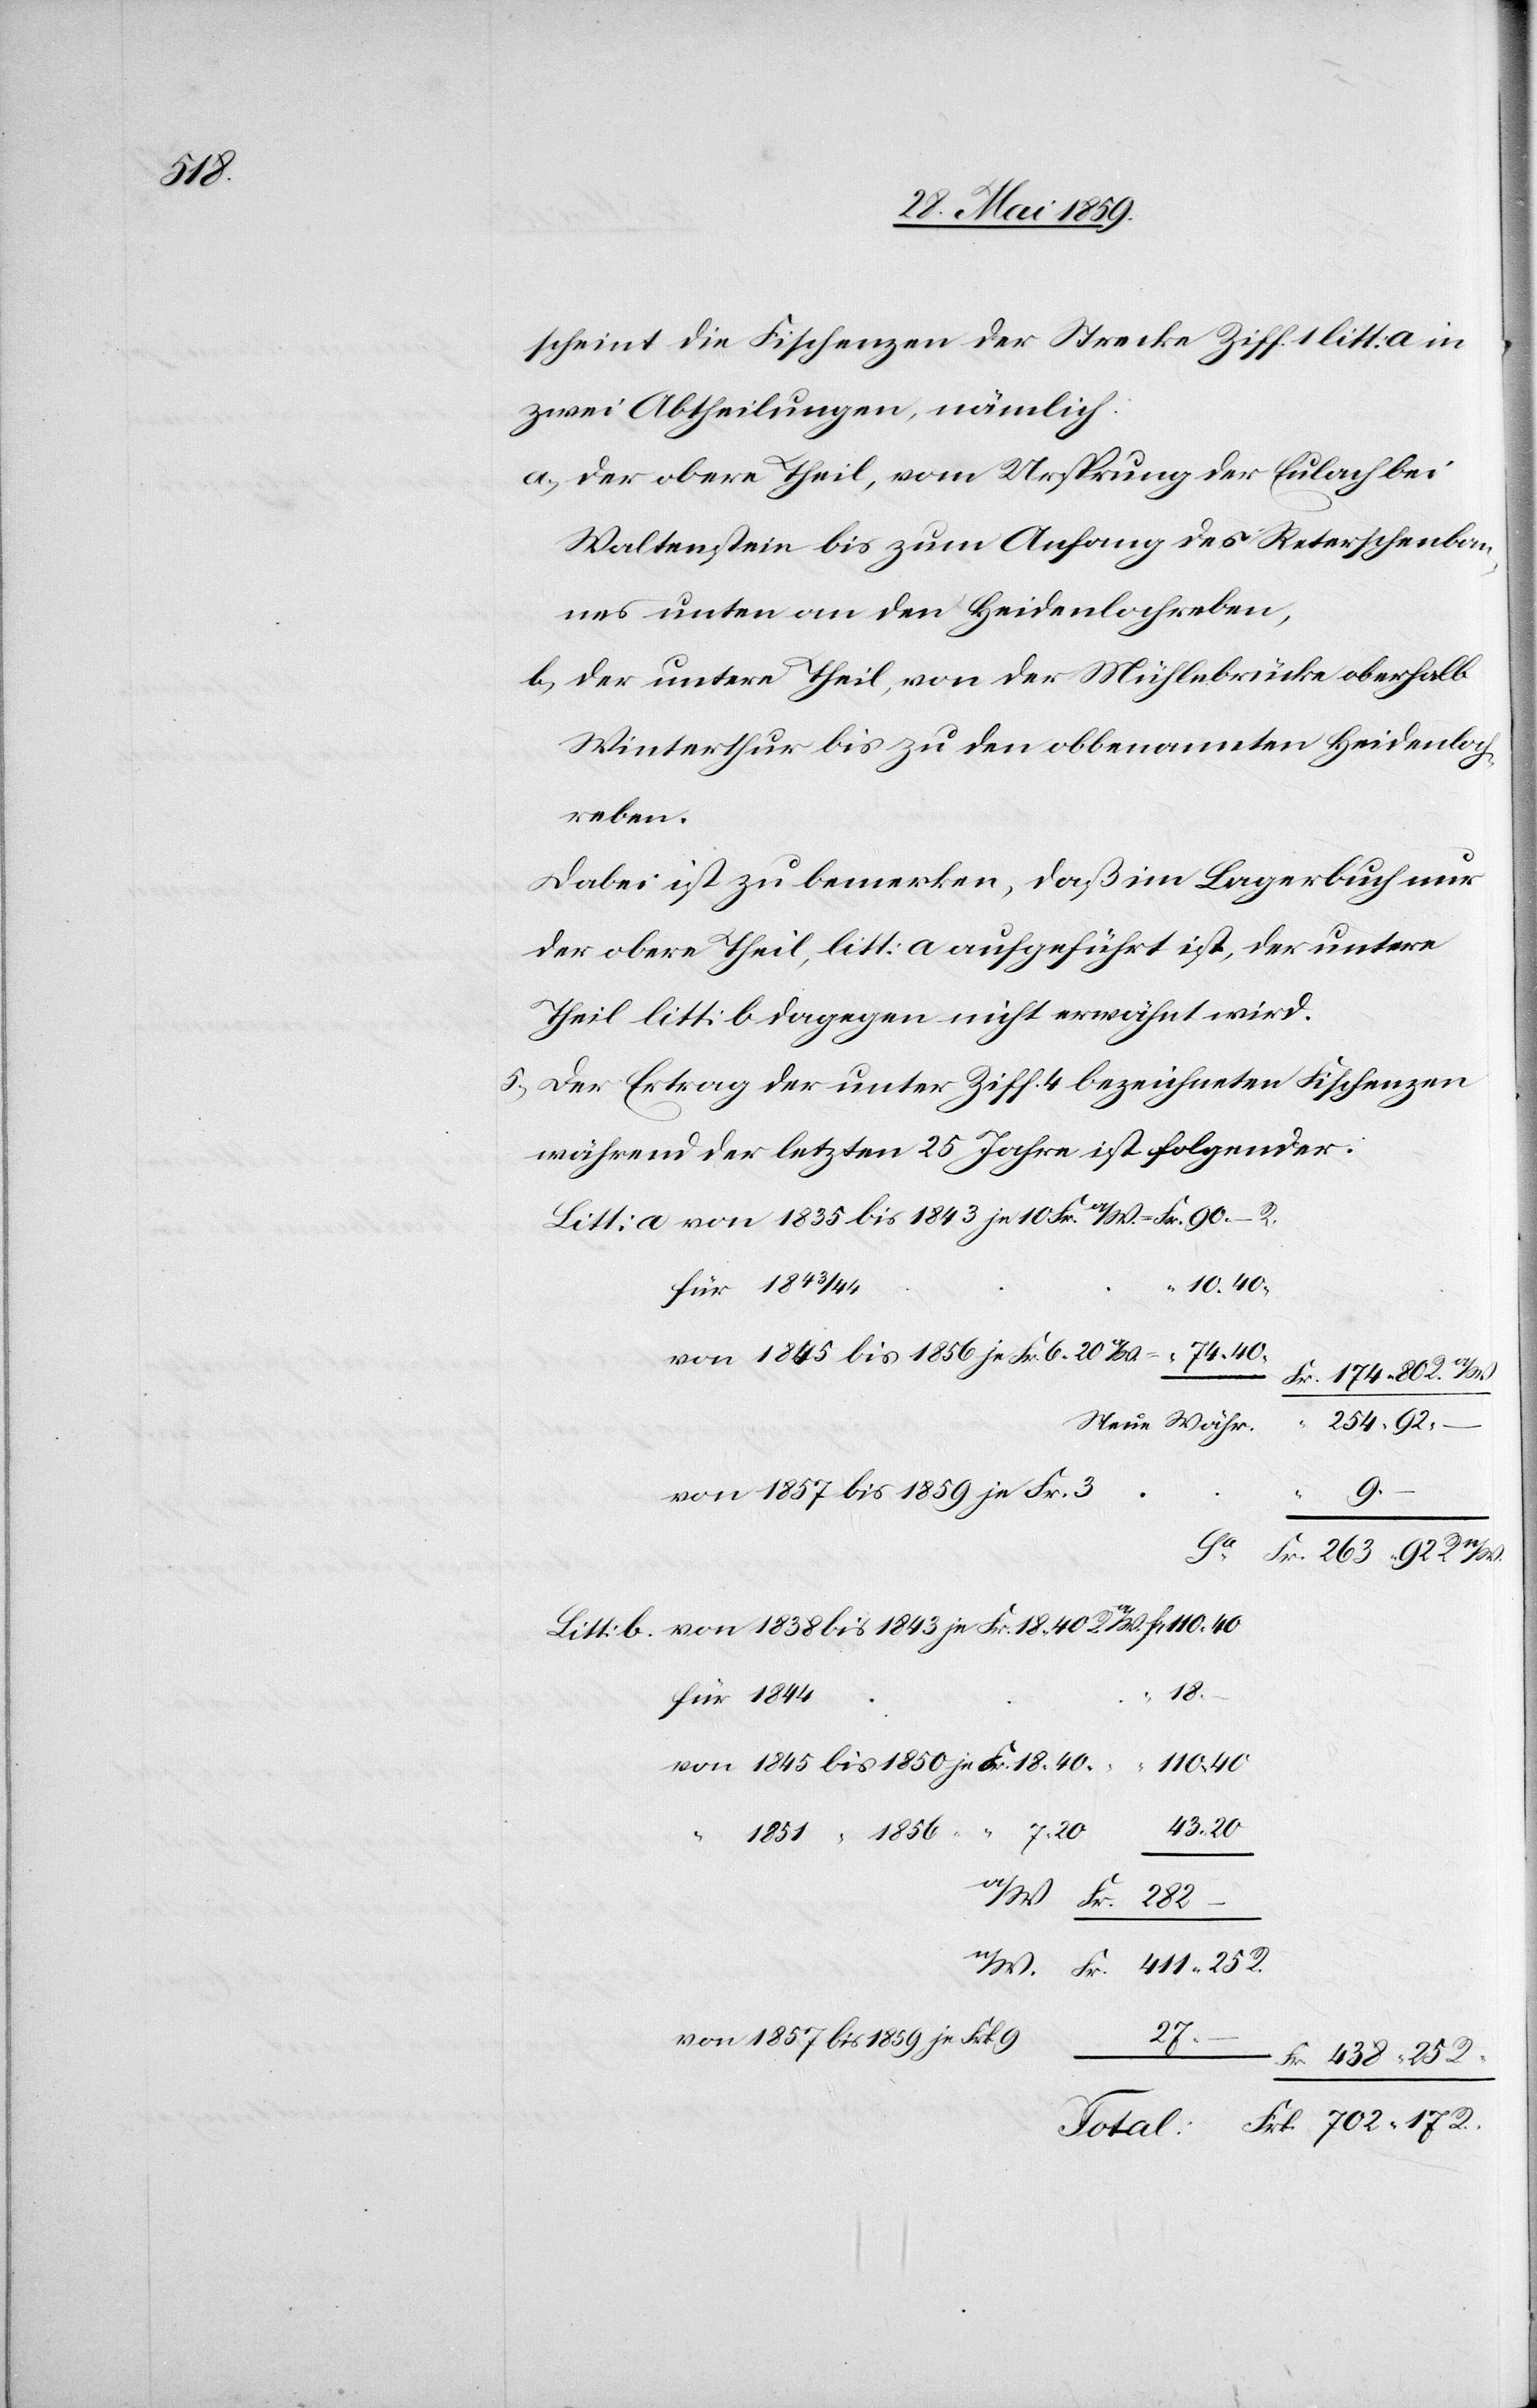
scheint die Fischenzen der Strecke Ziff. 1 litt: a in
zwei Abtheilungen, nämlich:
a) der obere Theil, vom Ursprung der Eulach bei
Waltenstein bis zum Anfang des Reterschenban¬
nes unten an den Heidenlochreben,
b) der untere Theil, von der Mühlebrücke oberhalb
Winterthur bis zu den obbenannten Heidenloch¬
reben.
Dabei ist zu bemerken, daß im Lagerbuch nur
der obere Theil, litt: a aufgeführt ist, der untere
Theil litt: b dagegen nicht erwähnt wird.
5) Der Ertrag der unter Ziff. 4 bezeichneten Fischenzen
während der letzten 25 Jahren ist folgender:
Litt: a von 1835 bis 1843 je 10 Fr. aW. = Fr. 90.– R.
für 1843
von 1845 bis 1856 je Fr. 6.20 aW = “ 74.40
Fr. 174.80 R.
Neue Währ.
254.92.–
R.
von 1857 bis 1859 je Fr. 3
9.
Fr. 263.92 R. nW.
Litt: b. von 1838 bis 1843 je Fr. 18.40 R aW. Fr. 110.40
18.
für 1844
110.40
von 1845 bis 1850 je Fr. 18.40.
438.25
1851 “ 1856 “ “ 7.20
“
aW Fr. 282
–
nW. Fr. 411.25 R.
27.
von 1857 bis 1859 je Frk 9
Total: Frk.702.17 R.